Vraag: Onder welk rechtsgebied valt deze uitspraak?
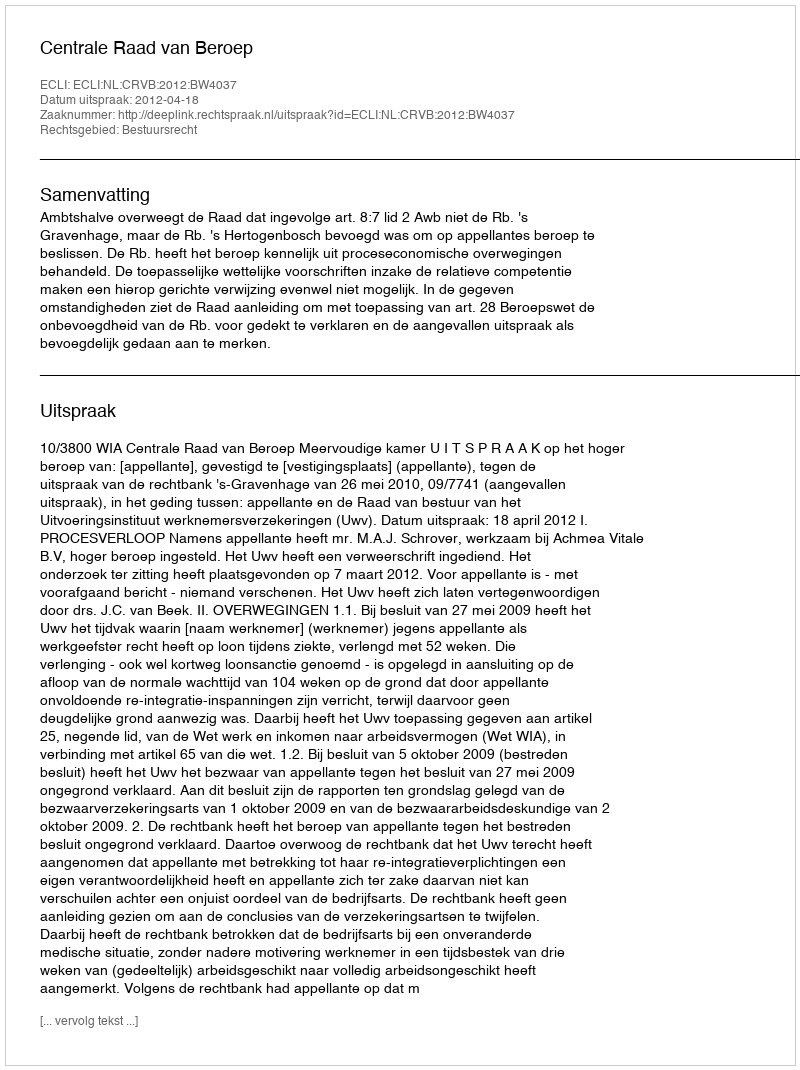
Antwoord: Bestuursrecht